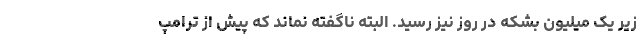
زیر یک میلیون بشکه در روز نیز رسید. البته ناگفته نماند که پیش از ترامپ